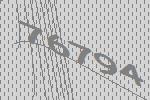
76794